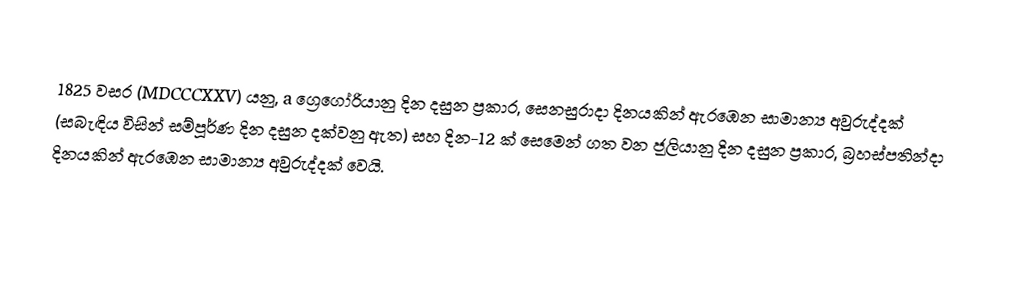

1825 වසර (MDCCCXXV) යනු, a  ග්‍රෙගෝරියානු දින දසුන ප්‍රකාර,   සෙනසුරාදා දිනයකින් ඇරඹෙන සාමාන්‍ය අවුරුද්දක් (සබැඳිය විසින් සම්පූර්ණ දින දසුන දක්වනු ඇත) සහ දින-12 ක් සෙමෙන් ගත වන ජූලියානු දින දසුන ප්‍රකාර,  බ්‍රහස්පතින්දා දිනයකින් ඇරඹෙන සාමාන්‍ය අවුරුද්දක් වෙයි.